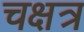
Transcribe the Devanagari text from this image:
चक्षत्र